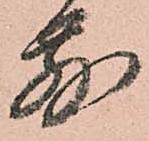
別